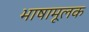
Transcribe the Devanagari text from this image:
भाषामूलक